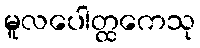
မူလပေါတ္ထကေသု